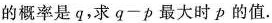
的概率是q，求$$q-p$$最大时p的值.